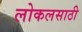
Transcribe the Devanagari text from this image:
लोकलसाठी